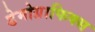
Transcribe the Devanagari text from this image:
डेमोग्राफिक्स